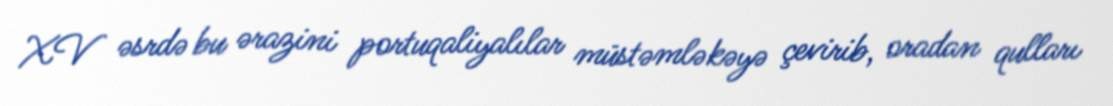
XV əsrdə bu ərazini portuqaliyalılar müstəmləkəyə çevirib, oradan qulları